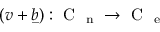
( v + \underbar b ) : \mathrm { ~ C ~ } _ { \mathrm { ~ n ~ } } \to \mathrm { ~ C ~ } _ { \mathrm { ~ e ~ } }